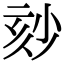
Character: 𡭹